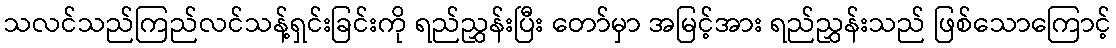
သလင်သည်ကြည်လင်သန့်ရှင်းခြင်းကို ရည်ညွှန်းပြီး တော်မှာ အမြင့်အား ရည်ညွှန်းသည် ဖြစ်သောကြောင့်